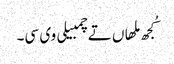
کُجھ ملھاں تے چمبیلی وی سی۔